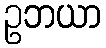
ဥဘယာ